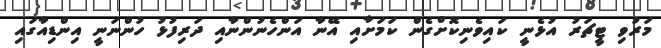
މަރުވި ޓީޗަރު އުޅެނީ ކައިވެނިކޮށްގެން ކަމަށާއި އޭނާ އަންހެނުންނާއި ދަރިފުޅު ހުންނަނީ އިންޑިއާގައި